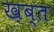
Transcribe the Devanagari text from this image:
ख़ब्त